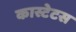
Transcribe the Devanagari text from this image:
कास्टेटस